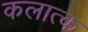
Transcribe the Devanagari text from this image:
कलात्क